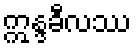
ဣန္ဒခီလဿ